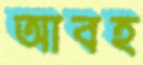
আবহ